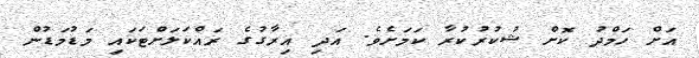
އަށް ހަމްދު ކޮށް ޝުކުރުކުރާ ކަމަށެވެ. އަދި އިރާގުގެ ރައްކަލަށްޓަކައި މަޑުމަޑުން